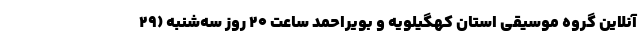
آنلاین گروه موسیقی استان کهگیلویه و بویراحمد ساعت ۲۰ روز سه‌شنبه (۲۹